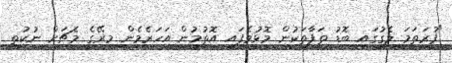
"ފުރަތަމަ ލެގުގައި ބޮޑު ތަފާތަކުން މޮޅުވެފައި އޮތުމުން އަހަރެމެން މިރޭގެ މެޗަށް ނުކުތީ